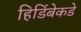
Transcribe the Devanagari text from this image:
हिडिंबेकडे